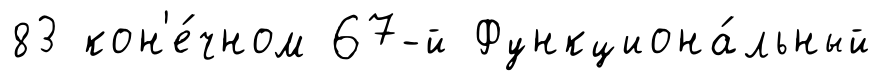
83 кон'е́чном 67-й Функциона́льный